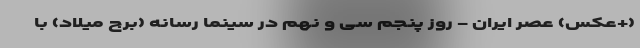
(+عکس) عصر ایران - روز پنجم سی و نهم در سینما رسانه (برج میلاد) با